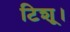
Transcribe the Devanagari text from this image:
टिशू।